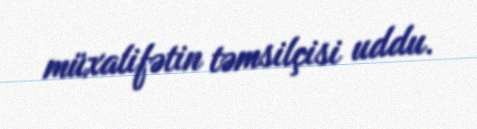
müxalifətin təmsilçisi uddu.